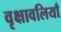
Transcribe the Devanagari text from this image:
वृक्षावलियाँ